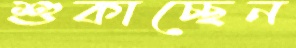
শুকাচ্ছেন